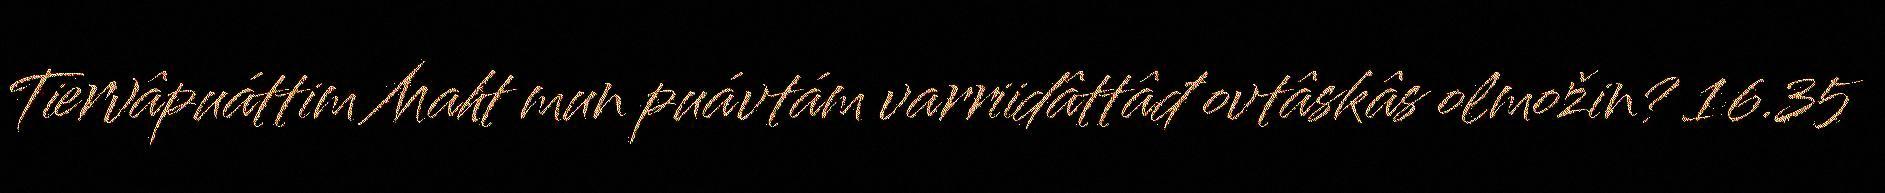
Tiervâpuáttim Maht mun puávtám varriidâttâđ ovtâskâs olmožin? 16.35